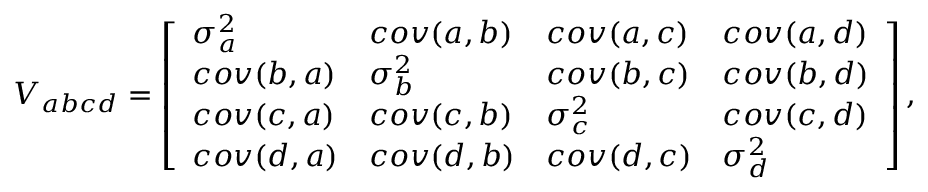
\begin{array} { r } { V _ { a b c d } = \left[ \begin{array} { l l l l } { \sigma _ { a } ^ { 2 } } & { c o v ( a , b ) } & { c o v ( a , c ) } & { c o v ( a , d ) } \\ { c o v ( b , a ) } & { \sigma _ { b } ^ { 2 } } & { c o v ( b , c ) } & { c o v ( b , d ) } \\ { c o v ( c , a ) } & { c o v ( c , b ) } & { \sigma _ { c } ^ { 2 } } & { c o v ( c , d ) } \\ { c o v ( d , a ) } & { c o v ( d , b ) } & { c o v ( d , c ) } & { \sigma _ { d } ^ { 2 } } \end{array} \right] , } \end{array}